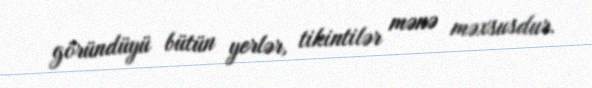
göründüyü bütün yerlər, tikintilər mənə məxsusdur.